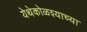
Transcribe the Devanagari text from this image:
येथेकोळश्याच्या